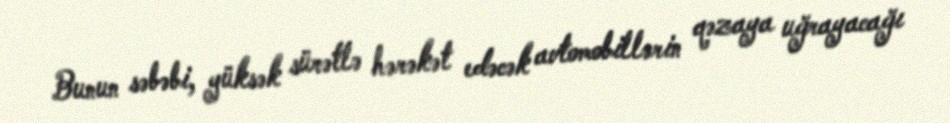
Bunun səbəbi, yüksək sürətlə hərəkət edəcək avtomobillərin qəzaya uğrayacağı